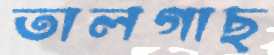
তালগাছ